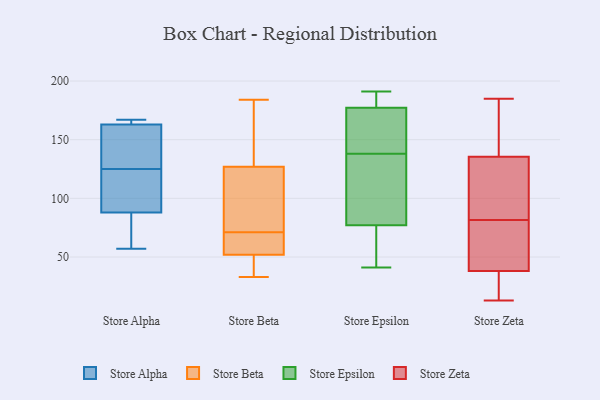
{"axis": {"x": "Churn Rate (%)", "y": "Value"}, "legend": ["Store Alpha", "Store Beta", "Store Epsilon", "Store Zeta"], "data": [{"x": "", "y": 57, "type": "Store Alpha"}, {"x": "", "y": 95, "type": "Store Alpha"}, {"x": "", "y": 148, "type": "Store Alpha"}, {"x": "", "y": 136, "type": "Store Alpha"}, {"x": "", "y": 88, "type": "Store Alpha"}, {"x": "", "y": 70, "type": "Store Alpha"}, {"x": "", "y": 163, "type": "Store Alpha"}, {"x": "", "y": 167, "type": "Store Alpha"}, {"x": "", "y": 165, "type": "Store Alpha"}, {"x": "", "y": 114, "type": "Store Alpha"}, {"x": "", "y": 79, "type": "Store Beta"}, {"x": "", "y": 54, "type": "Store Beta"}, {"x": "", "y": 183, "type": "Store Beta"}, {"x": "", "y": 51, "type": "Store Beta"}, {"x": "", "y": 174, "type": "Store Beta"}, {"x": "", "y": 65, "type": "Store Beta"}, {"x": "", "y": 127, "type": "Store Beta"}, {"x": "", "y": 77, "type": "Store Beta"}, {"x": "", "y": 107, "type": "Store Beta"}, {"x": "", "y": 40, "type": "Store Beta"}, {"x": "", "y": 52, "type": "Store Beta"}, {"x": "", "y": 33, "type": "Store Beta"}, {"x": "", "y": 184, "type": "Store Beta"}, {"x": "", "y": 57, "type": "Store Beta"}, {"x": "", "y": 83, "type": "Store Epsilon"}, {"x": "", "y": 189, "type": "Store Epsilon"}, {"x": "", "y": 138, "type": "Store Epsilon"}, {"x": "", "y": 191, "type": "Store Epsilon"}, {"x": "", "y": 41, "type": "Store Epsilon"}, {"x": "", "y": 65, "type": "Store Epsilon"}, {"x": "", "y": 148, "type": "Store Epsilon"}, {"x": "", "y": 94, "type": "Store Epsilon"}, {"x": "", "y": 84, "type": "Store Epsilon"}, {"x": "", "y": 187, "type": "Store Epsilon"}, {"x": "", "y": 171, "type": "Store Epsilon"}, {"x": "", "y": 125, "type": "Store Epsilon"}, {"x": "", "y": 179, "type": "Store Epsilon"}, {"x": "", "y": 68, "type": "Store Epsilon"}, {"x": "", "y": 75, "type": "Store Epsilon"}, {"x": "", "y": 169, "type": "Store Epsilon"}, {"x": "", "y": 188, "type": "Store Epsilon"}, {"x": "", "y": 172, "type": "Store Epsilon"}, {"x": "", "y": 51, "type": "Store Epsilon"}, {"x": "", "y": 32, "type": "Store Zeta"}, {"x": "", "y": 174, "type": "Store Zeta"}, {"x": "", "y": 147, "type": "Store Zeta"}, {"x": "", "y": 39, "type": "Store Zeta"}, {"x": "", "y": 124, "type": "Store Zeta"}, {"x": "", "y": 37, "type": "Store Zeta"}, {"x": "", "y": 48, "type": "Store Zeta"}, {"x": "", "y": 169, "type": "Store Zeta"}, {"x": "", "y": 91, "type": "Store Zeta"}, {"x": "", "y": 30, "type": "Store Zeta"}, {"x": "", "y": 75, "type": "Store Zeta"}, {"x": "", "y": 185, "type": "Store Zeta"}, {"x": "", "y": 88, "type": "Store Zeta"}, {"x": "", "y": 13, "type": "Store Zeta"}, {"x": "", "y": 39, "type": "Store Zeta"}, {"x": "", "y": 110, "type": "Store Zeta"}]}